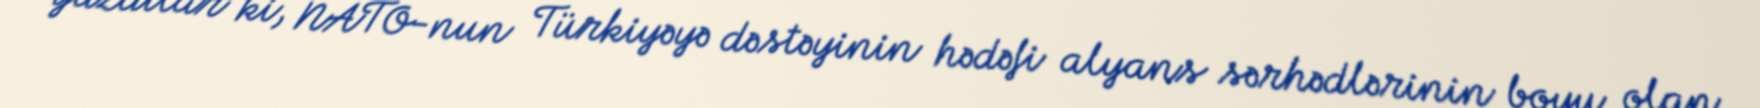
yazdılar ki, NATO-nun Türkiyəyə dəstəyinin hədəfi alyans sərhədlərinin boyu olan